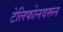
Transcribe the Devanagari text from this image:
टेलिफोनवरून